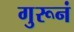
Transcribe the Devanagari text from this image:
गुरूनं